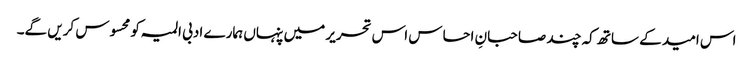
اس امید کے ساتھ کہ چند صاحبانِ احساس اس تحریر میں پنہاں ہمارے ادبی المیہ کو محسوس کریں گے۔